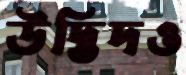
উদ্ভিদও